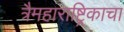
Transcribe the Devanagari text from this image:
त्रैमहाराष्ट्रिकाचा